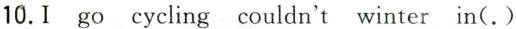
10.Igo cycling couldn't winter in(.)